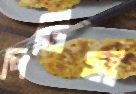
পিটিস